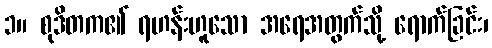
၁။ စုဒိတက၏ ရဟန်းဟူသော အရေအတွက်သို့ ရောက်ခြင်း၊